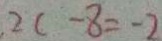
2 c - 8 = - 2